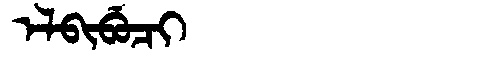
Manchu: ᡝᠯᠪᡳᠪᡠᠴᡳ
Romanization: ELBIBUCI